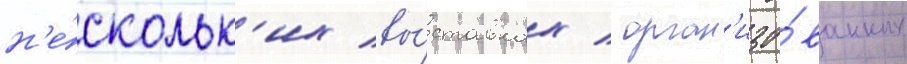
н'е́скольк'их вы́ставках / орган'изо́ванных